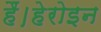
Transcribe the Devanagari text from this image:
हैं।हेरोइन